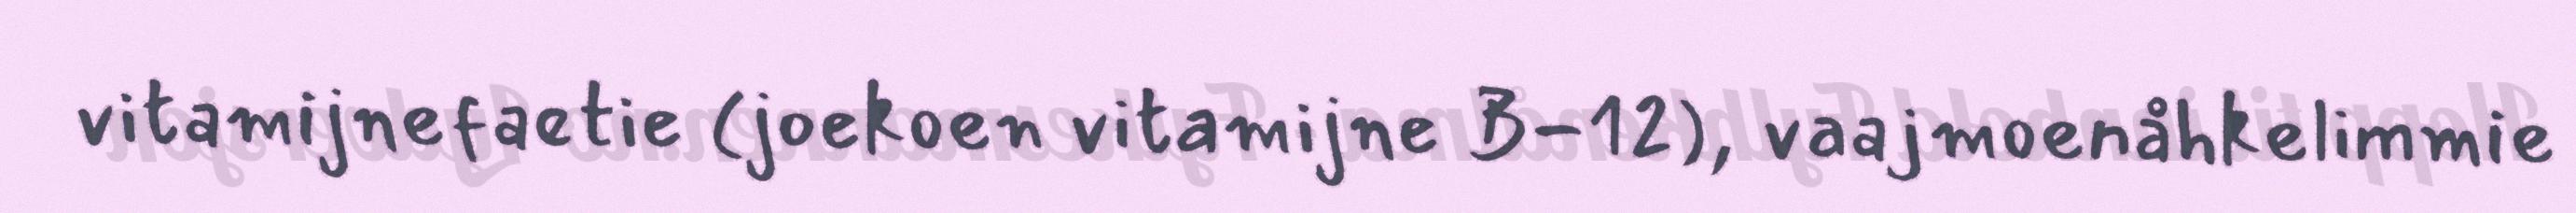
vitamijnefaetie (joekoen vitamijne B-12), vaajmoenåhkelimmie